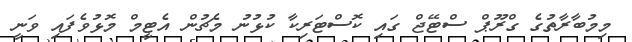
މިމުބާރާތުގެ ގްރޫޕް ސްޓޭޖް ގައި ކޮސްޓަރިކާ ކުޅުނު މެޗުން އެޓީމް މޮޅުވެފައި ވަނީ